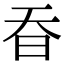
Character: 昋